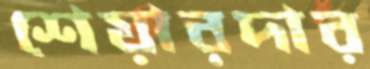
শেয়ারদার